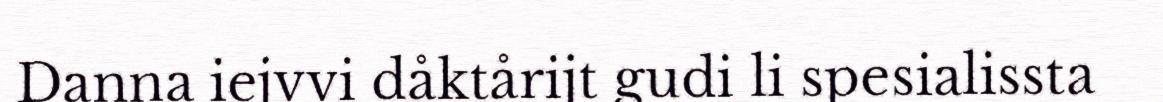
Danna iejvvi dåktårijt gudi li spesialissta